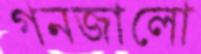
গনজালো